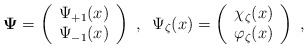
\begin{align*}\mbox{\boldmath$\Psi$\unboldmath}=\left( \begin{array}{c}\Psi _{+1}(x) \\ \Psi _{-1}(x)\end{array}\right) \;,\;\;\Psi _{\zeta }(x)=\left( \begin{array}{c}\chi _{\zeta }(x) \\ \varphi _{\zeta }(x)\end{array}\right) \;, \end{align*}